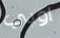
اوبي